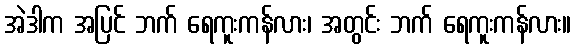
အဲဒါက အပြင် ဘက် ရေကူးကန်လား၊ အတွင်း ဘက် ရေကူးကန်လား။